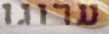
ערוגו